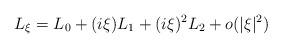
LaTeX: \begin{align*}L_\xi=L_0+(i\xi)L_1+(i\xi)^2 L_2+o(|\xi|^2)\end{align*}